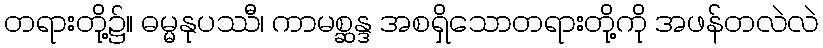
တရားတို့၌။ ဓမ္မနုပဿီ၊ ကာမစ္ဆန္ဒ အစရှိသောတရားတို့ကို အဖန်တလဲလဲ